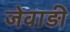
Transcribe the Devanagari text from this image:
जेवाड़ी